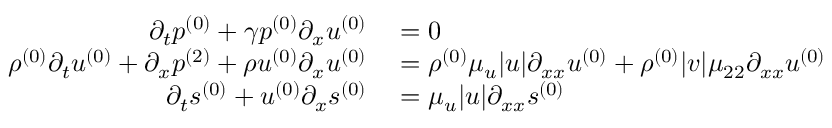
\begin{array} { r l } { \partial _ { t } \ensuremath { p ^ { ( 0 ) } } + \gamma \ensuremath { p ^ { ( 0 ) } } \partial _ { x } \ensuremath { u ^ { ( 0 ) } } } & { { } = 0 } \\ { \ensuremath { \rho ^ { ( 0 ) } } \partial _ { t } \ensuremath { u ^ { ( 0 ) } } + \partial _ { x } \ensuremath { p ^ { ( 2 ) } } + \ensuremath { \rho u ^ { ( 0 ) } } \partial _ { x } \ensuremath { u ^ { ( 0 ) } } } & { { } = \ensuremath { \rho ^ { ( 0 ) } } \mu _ { u } | u | \partial _ { x x } \ensuremath { u ^ { ( 0 ) } } + \ensuremath { \rho ^ { ( 0 ) } } | v | \mu _ { 2 2 } \partial _ { x x } \ensuremath { u ^ { ( 0 ) } } } \\ { \partial _ { t } \ensuremath { s ^ { ( 0 ) } } + \ensuremath { u ^ { ( 0 ) } } \partial _ { x } \ensuremath { s ^ { ( 0 ) } } } & { { } = \mu _ { u } | u | \partial _ { x x } \ensuremath { s ^ { ( 0 ) } } } \end{array}